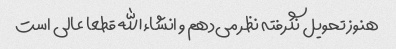
هنوز تحویل نگرفته نظر می‌دهم و انشاءالله قطعا عالی است